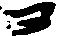
ヨ